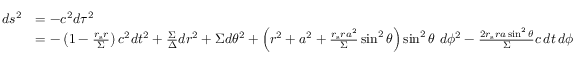
{ \begin{array} { r l } { d s ^ { 2 } } & { = - c ^ { 2 } d \tau ^ { 2 } } \\ & { = - \left( 1 - { \frac { r _ { \mathrm { s } } r } { \Sigma } } \right) c ^ { 2 } d t ^ { 2 } + { \frac { \Sigma } { \Delta } } d r ^ { 2 } + \Sigma d \theta ^ { 2 } + \left( r ^ { 2 } + a ^ { 2 } + { \frac { r _ { \mathrm { s } } r a ^ { 2 } } { \Sigma } } \sin ^ { 2 } \theta \right) \sin ^ { 2 } \theta \ d \phi ^ { 2 } - { \frac { 2 r _ { \mathrm { s } } r a \sin ^ { 2 } \theta } { \Sigma } } c \, d t \, d \phi } \end{array} }